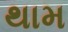
થામ